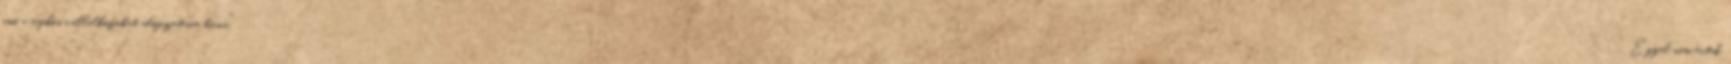
ami a rafkós vállalkozókat adófizetésre bírná." Ezzel nem értek